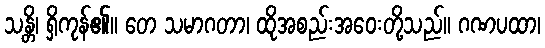
သန္တိ၊ ရှိကုန်၏။ တေ သမာဂတာ၊ ထိုအစည်းအဝေးတို့သည်။ ဂဏပထာ၊